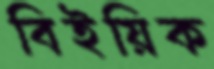
বিইয়িক